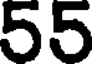
55